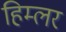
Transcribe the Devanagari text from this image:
हिम्लर